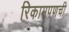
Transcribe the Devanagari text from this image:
रिकामपणची